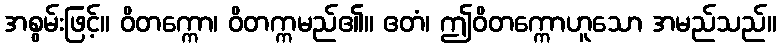
အစွမ်းဖြင့်။ ဝိတက္ကော၊ ဝိတက္ကမည်၏။ ဧတံ၊ ဤဝိတက္ကောဟူသော အမည်သည်။